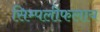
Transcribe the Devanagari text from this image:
सिम्पलीफलाय